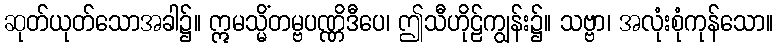
ဆုတ်ယုတ်သောအခါ၌။ ဣမသ္မိံတမ္ဗပဏ္ဏိဒီပေ၊ ဤသီဟိုဠ်ကျွန်း၌။ သဗ္ဗာ၊ အလုံးစုံကုန်သော။